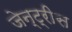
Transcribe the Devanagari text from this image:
जेन्ट्रीस